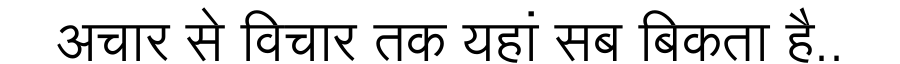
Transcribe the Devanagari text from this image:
अचार से विचार तक यहां सब बिकता है..